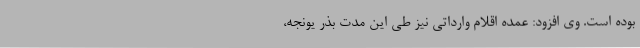
بوده است. وی افزود: عمده اقلام وارداتی نیز طی این مدت بذر یونجه،